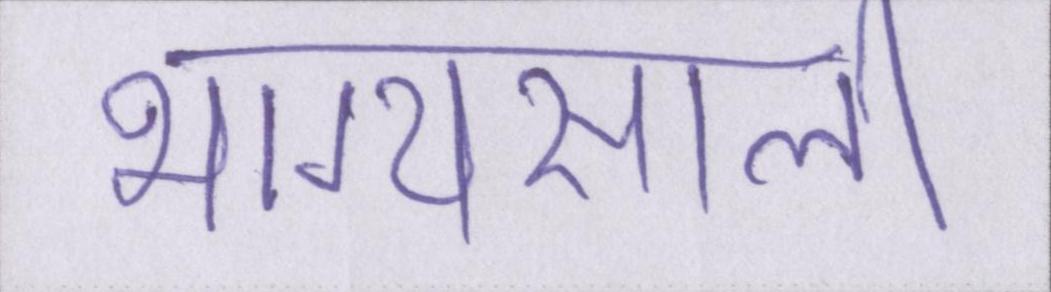
भाग्यसाली